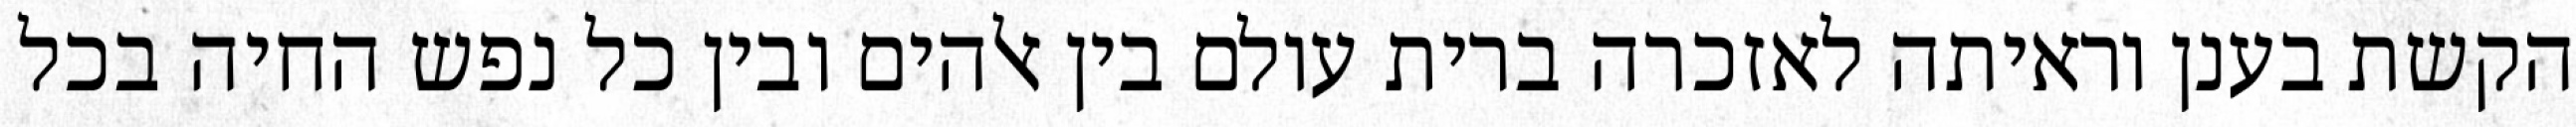
הקשת בענן וראיתה לאזכרה ברית עולם בין אלהים ובין כל נפש החיה בכל